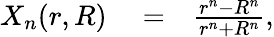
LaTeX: \begin{array}{rlr}{X_{n}(r,R)}&{{}=}&{\frac{r^{n}-R^{n}}{r^{n}+R^{n}},}\end{array}